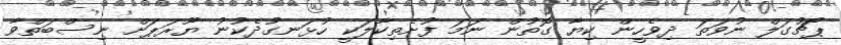
ޕޯޗުގަލް ނުވަތަ ދިވެހީން ކިޔާ ގޮތުން ނަމަ ފުށެތިކާލަކީ ހުޅަނގުދެކުނު ޔޫރަޕަށް ނިސްބަތްވާ